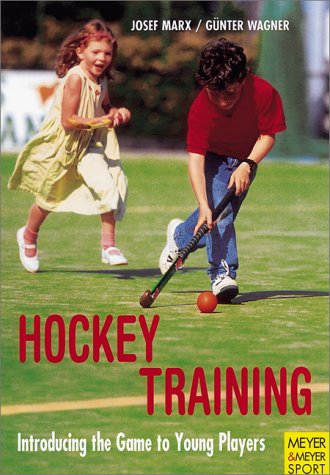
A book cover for Field Hockey Training for Young Players: Introducing the Game to Young Players; Josef Marx; Sports & Outdoors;